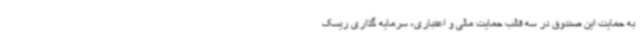
به حمایت این صندوق در سه قالب حمایت مالی و اعتباری، سرمایه گذاری ریسک